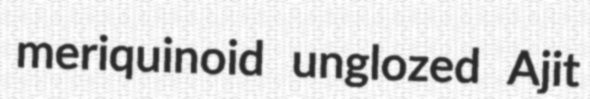
meriquinoid unglozed Ajit